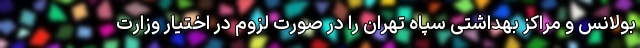
بولانس و مراکز بهداشتی سپاه تهران را در صورت لزوم در اختیار وزارت